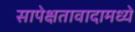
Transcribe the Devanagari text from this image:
सापेक्षतावादामध्ये